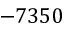
- 7 3 5 0